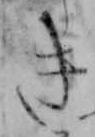
き